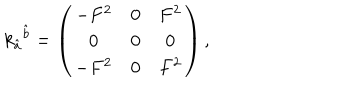
k _ { \hat { a } } { } ^ { \hat { b } } = \left( \begin{array} { c c c } { { - F ^ { 2 } } } & { { 0 } } & { { F ^ { 2 } } } \\ { { 0 } } & { { 0 } } & { { 0 } } \\ { { - F ^ { 2 } } } & { { 0 } } & { { F ^ { 2 } } } \\ \end{array} \right) ,